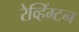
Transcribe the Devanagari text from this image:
रेव्हिंग्टन